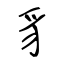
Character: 豸